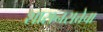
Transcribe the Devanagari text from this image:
शासनसत्तेचा